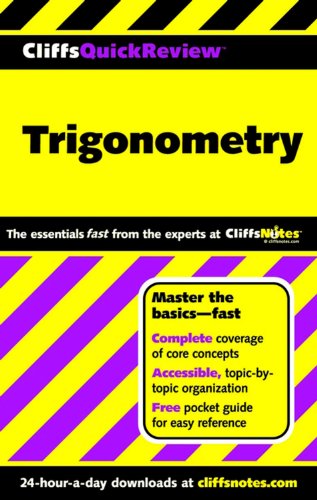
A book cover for CliffsQuickReview Trigonometry; David A Kay; Science & Math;